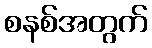
စနစ်အတွက်